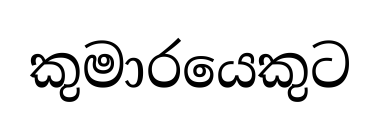
කුමාරයෙකුට